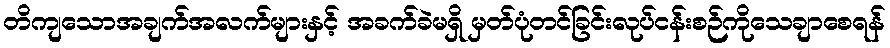
တိကျသောအချက်အလက်များနှင့် အခက်ခဲမရှိ မှတ်ပုံတင်ခြင်းလုပ်ငန်းစဉ်ကိုသေချာစေရန်